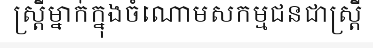
ស្ត្រីម្នាក់ក្នុងចំណោមសកម្មជនជាស្ត្រី